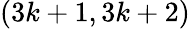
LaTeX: (3k+1,3k+2)